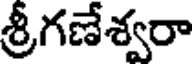
శ్రీగణేశ్వరా